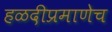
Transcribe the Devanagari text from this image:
हळदीप्रमाणेच